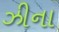
ઝીના